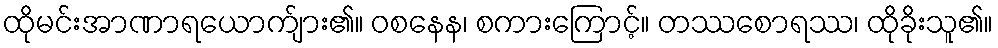
ထိုမင်းအာဏာရယောက်ျား၏။ ဝစနေန၊ စကားကြောင့်။ တဿစောရဿ၊ ထိုခိုးသူ၏။